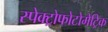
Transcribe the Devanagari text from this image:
स्पेक्ट्रोफोटोमेट्रिक